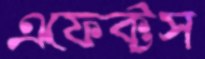
এফেক্টস